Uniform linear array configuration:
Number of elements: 24
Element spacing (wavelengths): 0.75
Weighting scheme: cosine
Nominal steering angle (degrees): -60
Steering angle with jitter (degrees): -58.996
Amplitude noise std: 0.05
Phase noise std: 0.05

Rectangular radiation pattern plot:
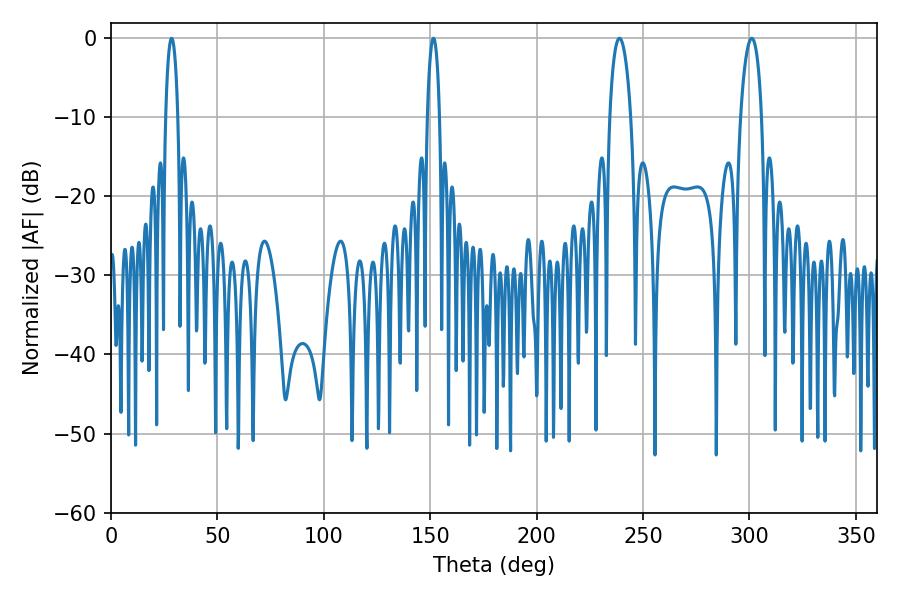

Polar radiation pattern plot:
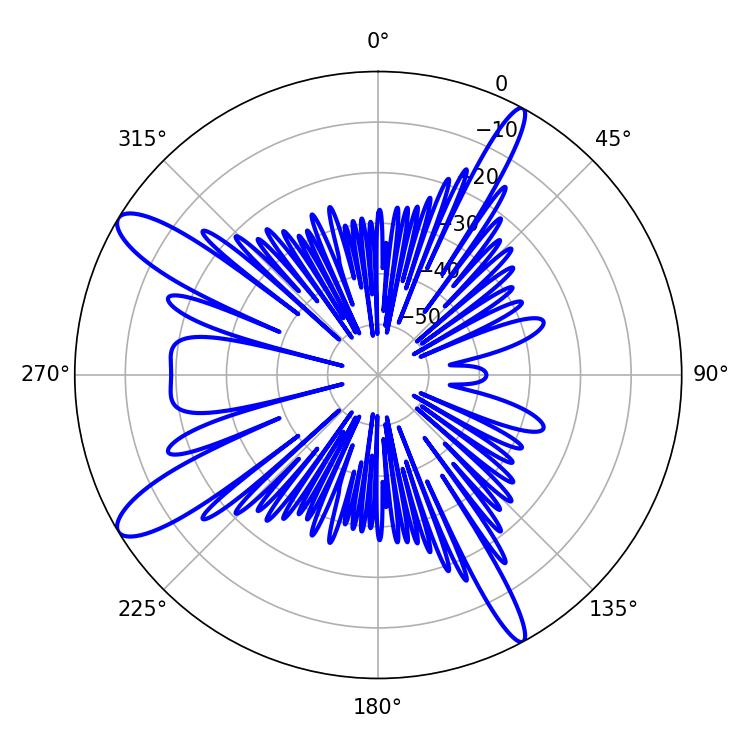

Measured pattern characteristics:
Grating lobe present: TRUE
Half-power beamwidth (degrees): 5.76
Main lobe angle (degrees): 238.86